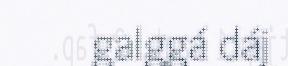
galggá dáj